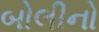
બોલીનો